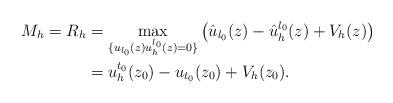
LaTeX: \begin{align*}M_h=R_h&=\max_{\{{u}_{l_0}(z)u_h^{l_0}(z)=0\}}\left(\hat{u}_{l_0}(z)-\hat{u}_h^{l_0}(z)+V_h(z)\right)\\&={u}_h^{t_0}(z_0)-{u}_{t_0}(z_0)+V_h(z_0).\end{align*}